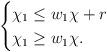
LaTeX: \begin{align*} \begin{cases} \chi_1 \leq w_1 \chi + r \\ \chi_1 \geq w_1 \chi. \end{cases} \end{align*}